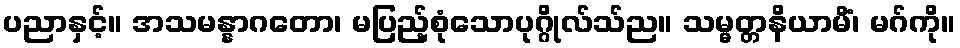
ပညာနှင့်။ အသမန္နာဂတော၊ မပြည့်စုံသောပုဂ္ဂိုလ်သ်ည။ သမ္မတ္တနိယာမိံ၊ မဂ်ကို။